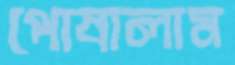
পোষালাম